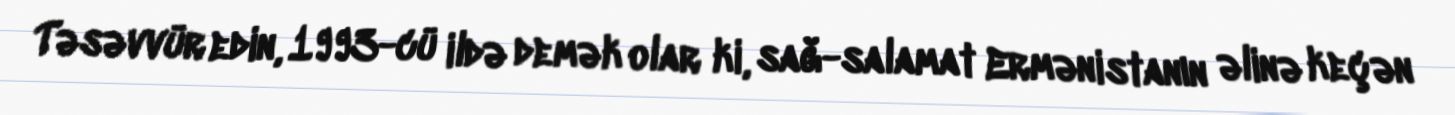
Təsəvvür edin, 1993-cü ildə demək olar ki, sağ-salamat Ermənistanın əlinə keçən